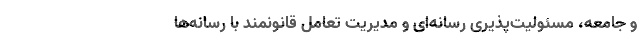
و جامعه، مسئولیت‌پذیری رسانه‌ای و مدیریت تعامل قانونمند با رسانه‌ها